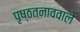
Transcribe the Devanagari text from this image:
पृष्ठतनाववाले